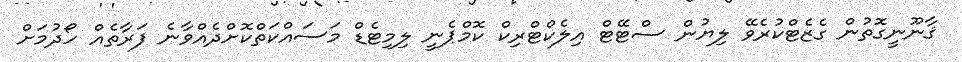
ޤާނޫނީގޮތުން ގެޒެޓްކުރެވޭ ލިޔުން ސްޓޭޓް އިލެކްޓްރިކް ކޮމްޕެނީ ލިމިޓެޑް މަސައްކަތްކޮށްދެއްވާނެ ފަރާތެއް ހޯދުމަށް